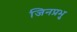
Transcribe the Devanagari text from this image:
जिनप्रभु